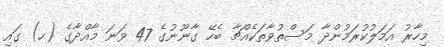
މިހާރު އަމަލުކުރަމުންދާ މަސްތުވާތަކެއްޗާ ބެހޭ ގާނޫނުގެ 47 ވަނަ މާއްދާގެ (ހ) ގައި